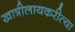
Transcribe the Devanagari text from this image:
खात्रीलायकरीत्या